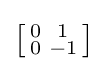
\left[{\begin{smallmatrix}0&1\\0&-1\end{smallmatrix}}\right]